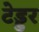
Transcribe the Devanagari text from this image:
टेड्डर